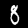
Digit: 8